Scientific memoirs by medical officers of the Army of India - Part X,
Year: 1897
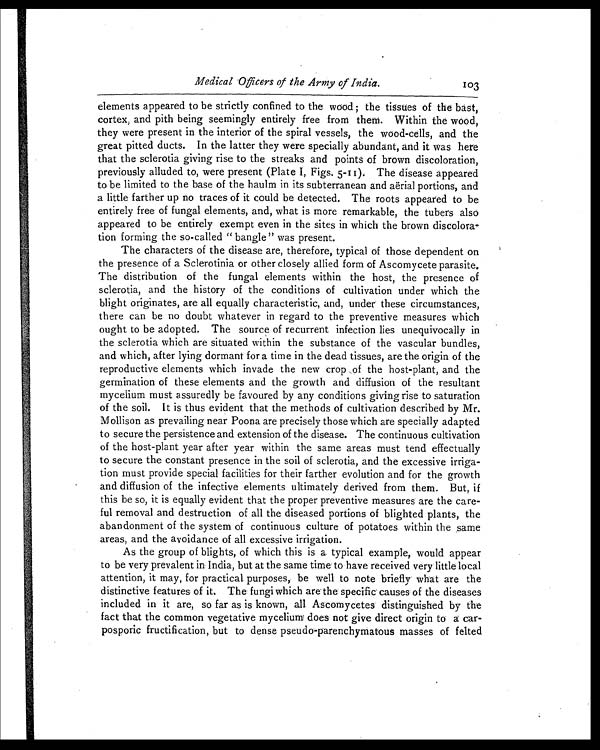
Medical Officers of the Army of India.
103
elements appeared to be strictly confined to the wood ; the tissues of the bast,
cortex, and pith being seemingly entirely free from them. Within the wood,
they were present in the interior of the spiral vessels, the wood-cells, and the
great pitted ducts. In the latter they were specially abundant, and it was here
that the sclerotia giving rise to the streaks and points of brown discoloration,
previously alluded to, were present (Plate I, Figs. 5-11). The disease appeared
to be limited to the base of the haulm in its subterranean and aërial portions, and
a little farther up no traces of it could be detected. The roots appeared to be
entirely free of fungal elements, and, what is more remarkable, the tubers also
appeared to be entirely exempt even in the sites in which the brown discolora
-
tion forming the so-called " bangle " was present.
The characters of the disease are, therefore, typical of those dependent on
the presence of a Sclerotinia or other closely allied form of Ascomycete parasite.
The distribution of the fungal elements within the host, the presence of
sclerotia, and the history of the conditions of cultivation under which the
blight originates, are all equally characteristic, and, under these circumstances,
there can be no doubt whatever in regard to the preventive measures which
ought to be adopted. The source of recurrent infection lies unequivocally in
the sclerotia which are situated within the substance of the vascular bundles,
and which, after lying dormant for a time in the dead tissues, are the origin of the
reproductive elements which invade the new crop of the host-plant, and the
germination of these elements and the growth and diffusion of the resultant
mycelium must assuredly be favoured by any conditions giving rise to saturation
of the soil. It is thus evident that the methods of cultivation described by Mr.
Mollison as prevailing near Poona are precisely those which are specially adapted
to secure the persistence and extension of the disease. The continuous cultivation
of the host-plant year after year within the same areas must tend effectually
to secure the constant presence in the soil of sclerotia, and the excessive irriga
-
tion must provide special facilities for their farther evolution and for the growth
and diffusion of the infective elements ultimately derived from them. But, if
this be so, it is equally evident that the proper preventive measures are the care
-
ful removal and destruction of all the diseased portions of blighted plants, the
abandonment of the system of continuous culture of potatoes within the same
areas, and the avoidance of all excessive irrigation.
As the group of blights, of which this is a. typical example, would appear
to be very prevalent in India, but at the same time to have received very little local
attention, it may, for practical purposes, be well to note briefly what are the
distinctive features of it. The fungi which are the specific causes of the diseases
included in it are, so far as is known, all Ascomycetes distinguished by the
fact that the common vegetative mycelium does not give direct origin to a car
-
posporic fructification, but to dense pseudo-parenchymatous masses of felted